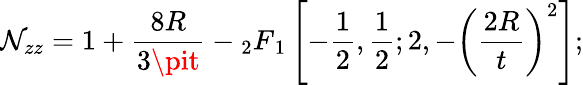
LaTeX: \mathcal{N}_{zz}=1+\frac{{8R}}{{3\pit}}-{}_{2}F{_{1}}\left[-\frac{{1}}{{2}},\frac{{1}}{{2}};2,-\left(\frac{{2R}}{{t}}\right)^{2}\right];